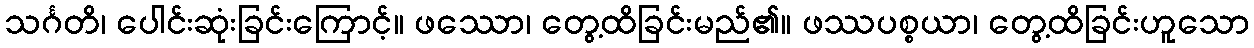
သင်္ဂတိ၊ ပေါင်းဆုံးခြင်းကြောင့်။ ဖဿော၊ တွေ့ထိခြင်းမည်၏။ ဖဿပစ္စယာ၊ တွေ့ထိခြင်းဟူသော